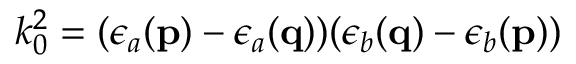
k _ { 0 } ^ { 2 } = ( \epsilon _ { a } ( { \bf p } ) - \epsilon _ { a } ( { \bf q } ) ) ( \epsilon _ { b } ( { \bf q } ) - \epsilon _ { b } ( { \bf p } ) )